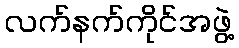
လက်နက်ကိုင်အဖွဲ့